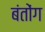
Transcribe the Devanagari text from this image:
बंतोंग